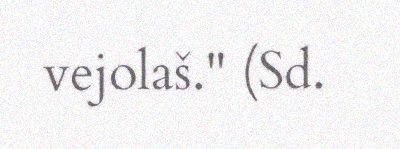
vejolaš." (Sd.